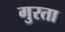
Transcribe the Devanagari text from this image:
गुरता